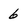
Character: 6